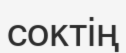
соктің